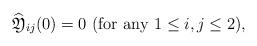
LaTeX: \begin{align*}\widehat{\mathfrak{Y}}_{ij}(0)=0\ \mbox{(for any $1\leq i,j\leq 2$)},\end{align*}